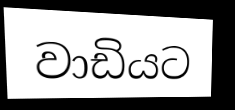
වාඩියට